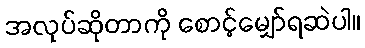
အလုပ်ဆိုတာကို စောင့်မျှော်ရဆဲပါ။